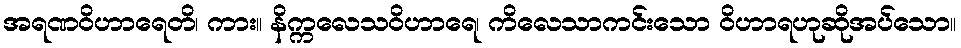
အရဏဝိဟာရေတိ၊ ကား။ နိက္ကလေသဝိဟာရေ၊ ကိလေသာကင်းသော ဝိဟာရဟုဆိုအပ်သော။